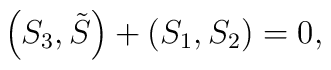
\left( S_{3},\tilde{S}\right) +\left( S_{1},S_{2}\right) =0,